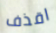
اقذف